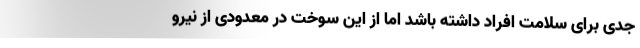
جدی برای سلامت افراد داشته باشد اما از این سوخت در معدودی از نیرو